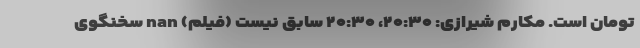
تومان است. مکارم شیرازی: ۲۰:۳۰، ۲۰:۳۰ سابق نیست (فیلم) nan سخنگوی